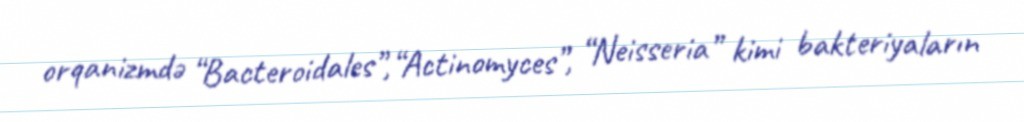
orqanizmdə “Bacteroidales”,“Actinomyces”, “Neisseria” kimi bakteriyaların